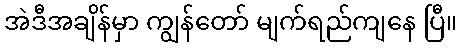
အဲဒီအချိန်မှာ ကျွန်တော် မျက်ရည်ကျနေ ပြီ။